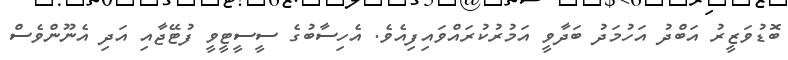
ބޮޑުވަޒީރު އަބްދު އަހުމަދު ބަދާވީ އަމުރުކުރައްވައިފިއެވެ. އެހިސާބުގެ ސީސީޓީވީ ފުޓޭޖާއި އަދި އެނޫންވެސް